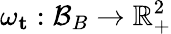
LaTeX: \omega_{\mathbf{t}}:\mathcal{B}_{B}\rightarrow\mathbb{R}_{+}^{2}